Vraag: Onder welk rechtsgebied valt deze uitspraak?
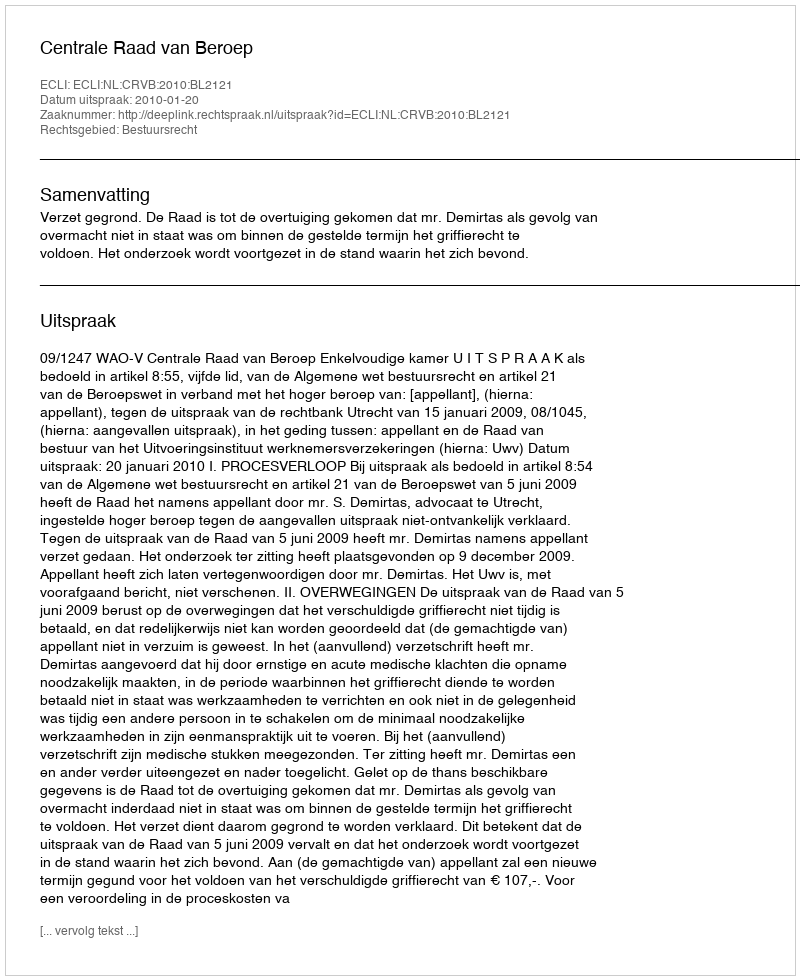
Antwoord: Bestuursrecht